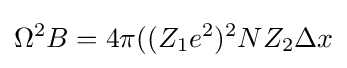
\Omega ^{2}B=4\pi ((Z_{1}e^{2})^{2}NZ_{2}\Delta x